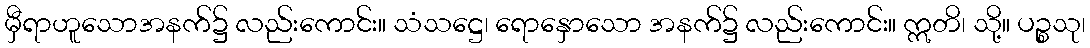
မှီရာဟူသောအနက်၌ လည်းကောင်း။ သံသဋ္ဌေ၊ ရောနှောသော အနက်၌ လည်းကောင်း။ ဣတိ၊ သို့။ ပဉ္စသု၊